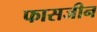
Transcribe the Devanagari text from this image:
फासजीन